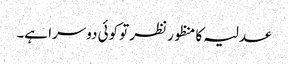
عدلیہ کا منظور نظر تو کوئی دوسرا ہے۔